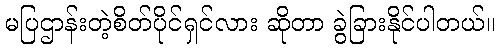
မပြဌာန်းတဲ့စိတ်ပိုင်ရှင်လား ဆိုတာ ခွဲခြားနိုင်ပါတယ်။